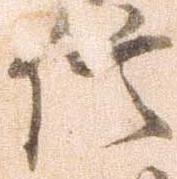
信